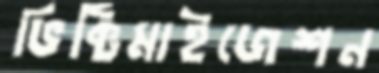
ভিক্টিমাইজেশন